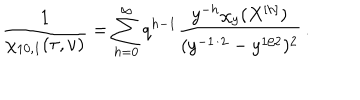
LaTeX: \frac { 1 } { \chi _ { 1 0 , 1 } ( \tau , \nu ) } = \sum _ { h = 0 } ^ { \infty } q ^ { h - 1 } \frac { y ^ { - h } \chi _ { y } ( X ^ { [ h ] } ) } { ( y ^ { - 1 / 2 } - y ^ { 1 / 2 } ) ^ { 2 } } \, .